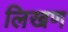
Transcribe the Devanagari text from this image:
लिखण